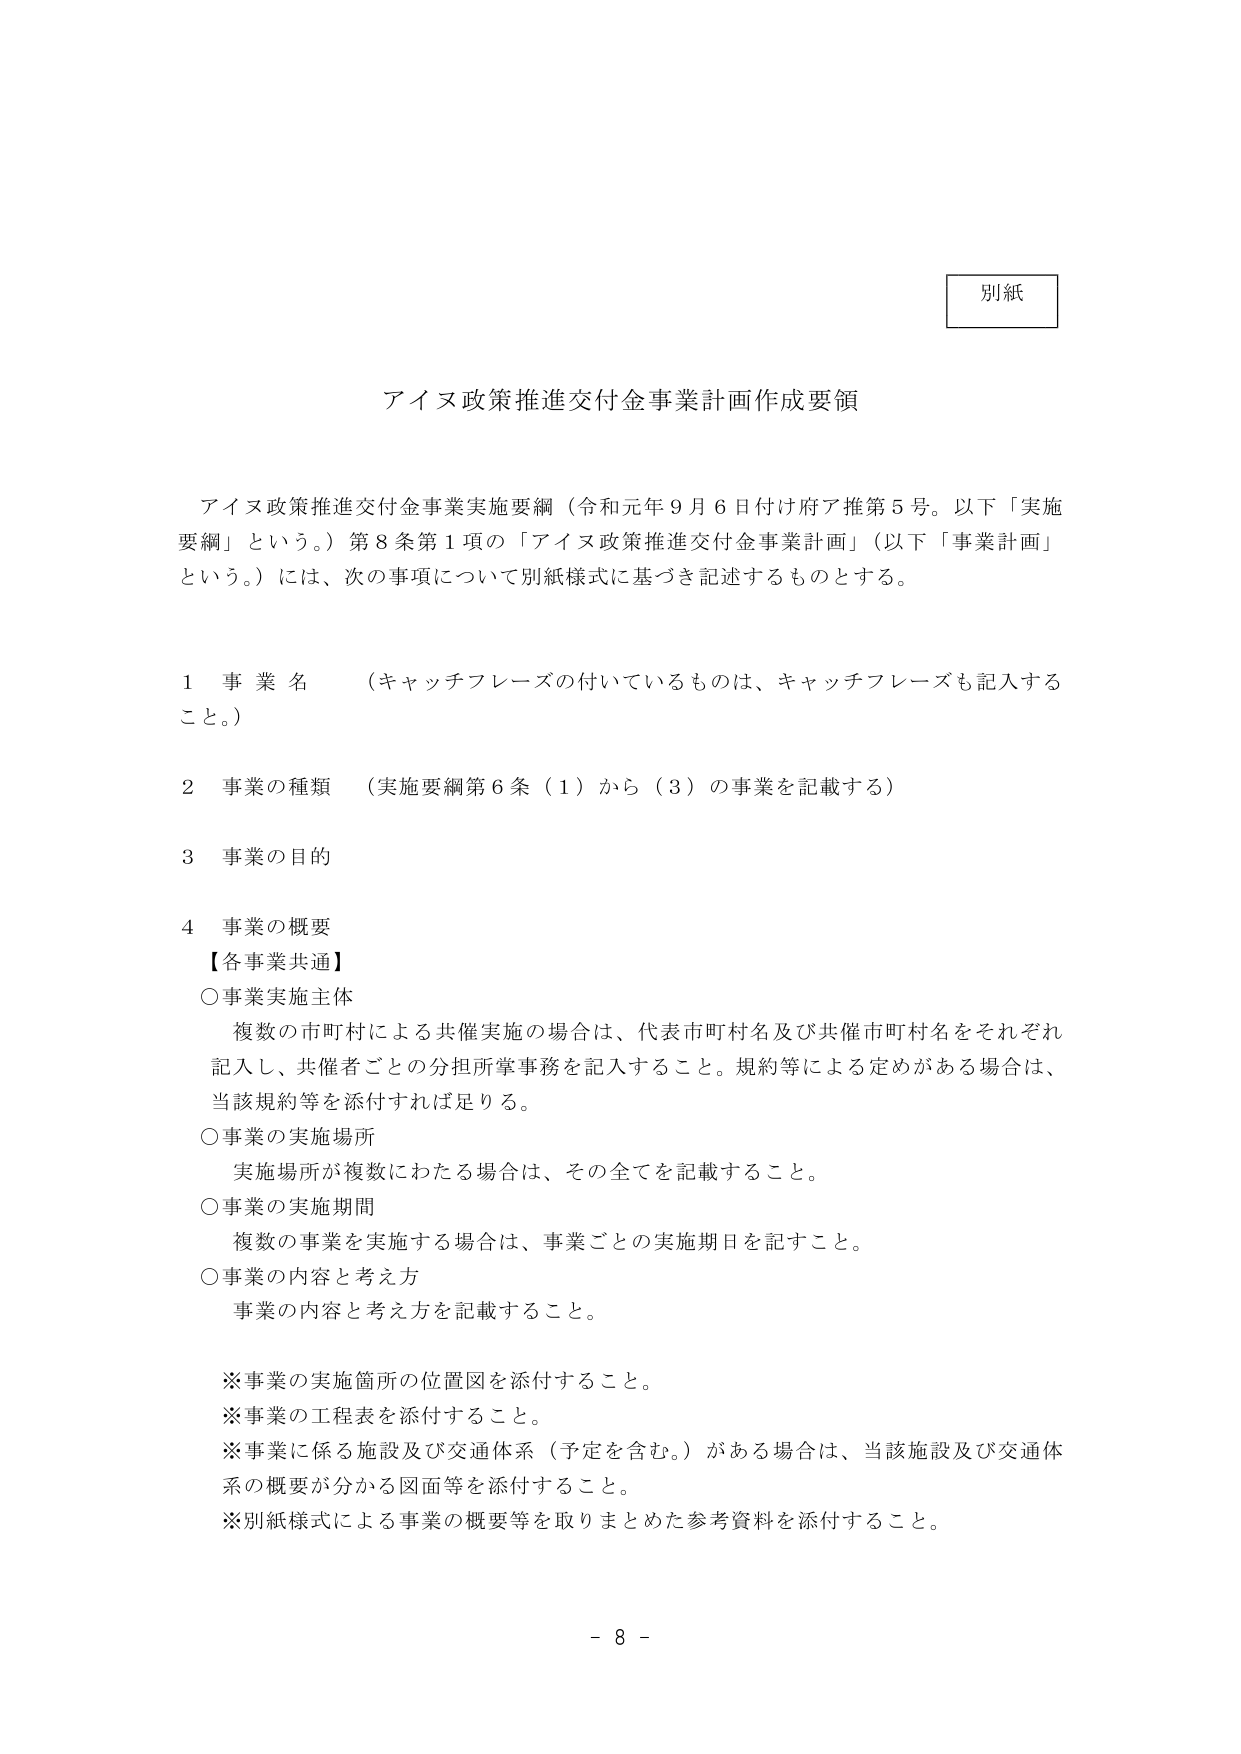
別紙

アイヌ政策推進交付金事業計画作成要領

アイヌ政策推進交付金事業実施要綱（令和元年９月６日付け府ア推第５号。以下「実施要綱」という。）第８条第１項の「アイヌ政策推進交付金事業計画」（以下「事業計画」という。）には、次の事項について別紙様式に基づき記述するものとする。

１ 事業名 （キャッチフレーズの付いているものは、キャッチフレーズも記入すること。）

２ 事業の種類 （実施要綱第６条（１）から（３）の事業を記載する）

３ 事業の目的

４ 事業の概要
【各事業共通】
○事業実施主体
　複数の市町村による共催実施の場合は、代表市町村名及び共催市町村名をそれぞれ記入し、共催者ごとの分担所掌事務を記入すること。規約等による定めがある場合は、当該規約等を添付すれば足りる。
○事業の実施場所
　実施場所が複数にわたる場合は、その全てを記載すること。
○事業の実施期間
　複数の事業を実施する場合は、事業ごとの実施期日を記すこと。
○事業の内容と考え方
　事業の内容と考え方を記載すること。

※事業の実施箇所の位置図を添付すること。
※事業の工程表を添付すること。
※事業に係る施設及び交通体系（予定を含む。）がある場合は、当該施設及び交通体系の概要が分かる図面等を添付すること。
※別紙様式による事業の概要等を取りまとめた参考資料を添付すること。

－ 8 －